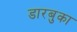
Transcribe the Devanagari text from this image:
डारबुका